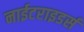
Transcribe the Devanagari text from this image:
नाईटराइडर्स